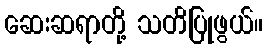
ဆေးဆရာတို့ သတိပြုဖွယ်။